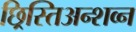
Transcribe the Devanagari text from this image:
छ्रिस्तिअन्शव्न